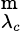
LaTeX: ^{\mathrm{m}}_{\lambda_{c}}